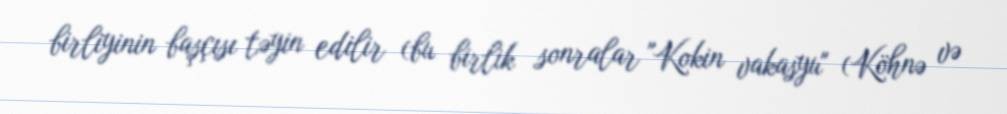
birliyinin başçısı təyin edilir (bu birlik sonralar "Kokin vakasyu" (Köhnə və